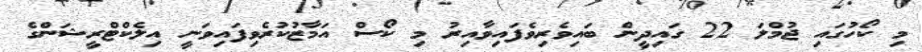
މި ކޯހުގައި ޖުމްލަ 22 ގައިދީން ބައިވެރިވެފައިވާއިރު މި ކޯސް އަމާޒުކުރެވިފައިވަނީ އިލެކްޓްރީޝަންގެ